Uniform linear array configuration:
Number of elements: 24
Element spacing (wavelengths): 0.5
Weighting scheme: binomial
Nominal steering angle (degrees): -60
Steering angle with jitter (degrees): -60.364
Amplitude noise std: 0.05
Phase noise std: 0.05

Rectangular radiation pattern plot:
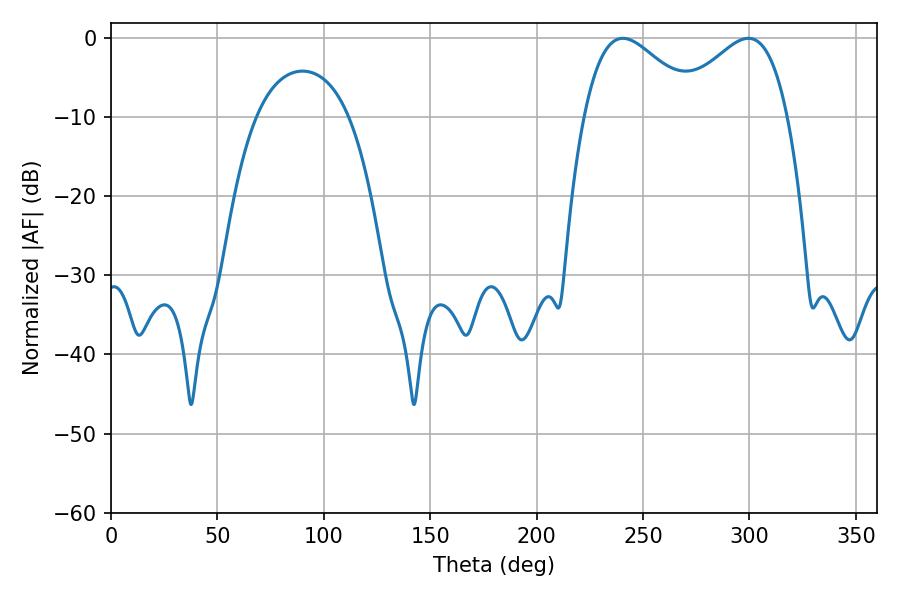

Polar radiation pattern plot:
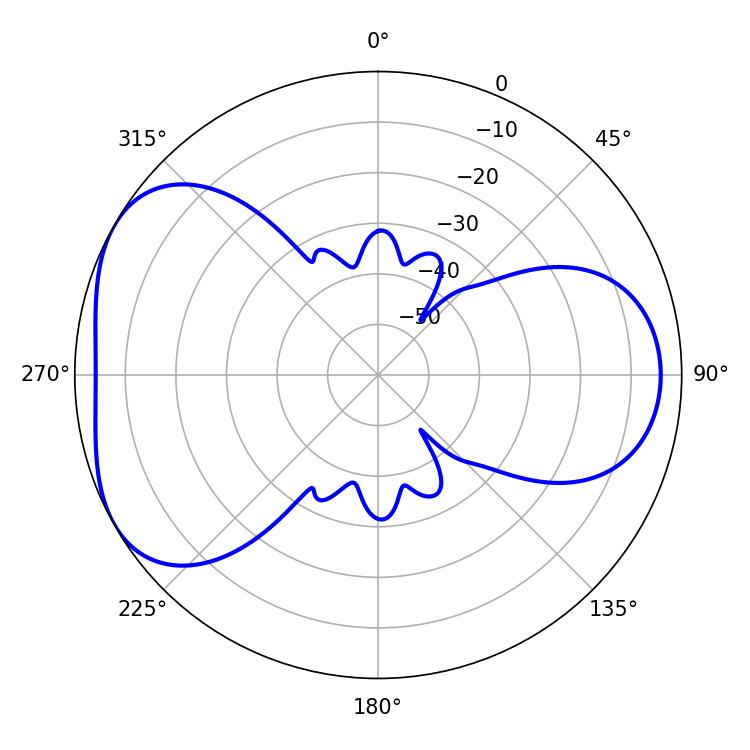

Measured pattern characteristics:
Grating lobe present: FALSE
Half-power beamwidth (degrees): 28.98
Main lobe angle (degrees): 240.48